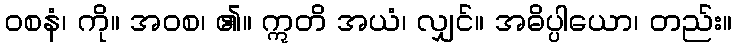
ဝစနံ၊ ကို။ အဝစ၊ ၏။ ဣတိ အယံ၊ လျှင်။ အဓိပ္ပါယော၊ တည်း။